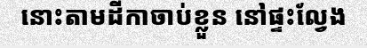
នោះតាមដីកាចាប់ខ្លួន នៅផ្ទះល្វែង